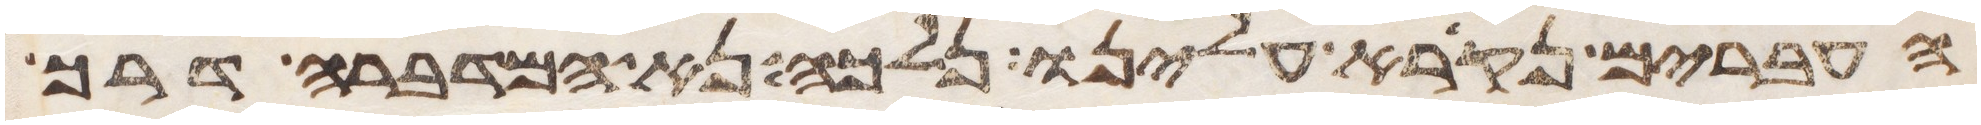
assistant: העברים נקרא עלינו נלכה נא המדברה דרך